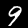
Digit: 9